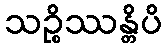
သဉ္စိဿန္တိပိ